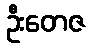
ဦးတေဇ